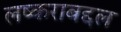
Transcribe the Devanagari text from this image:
लष्कराबद्दल